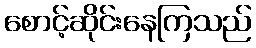
စောင့်ဆိုင်းနေကြသည်